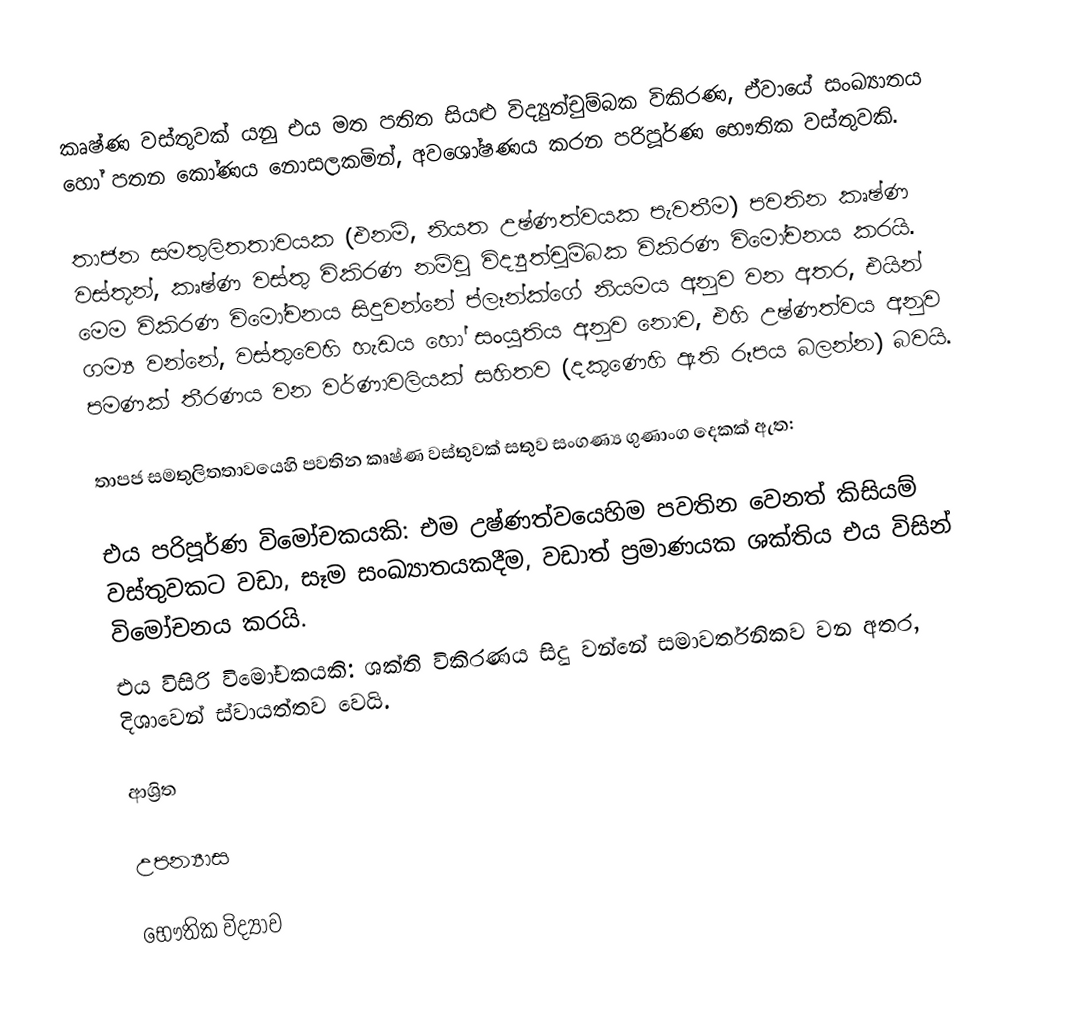
කෘෂ්ණ වස්තුවක් යනු එය මත පතිත සියළු විද්‍යුත්චුම්බක විකිරණ, ඒවායේ සංඛ්‍යාතය හෝ පතන කෝණය නොසලකමින්, අවශෝෂණය කරන  පරිපූර්ණ භෞතික වස්තුවකි.

තාජන සමතුලිතතාවයක (එනම්, නියත උෂ්ණත්වයක පැවතීම) පවතින කෘෂ්ණ වස්තූන්,  කෘෂ්ණ වස්තු විකිරණ නම්වූ විද්‍යුත්චුම්බක විකිරණ විමෝචනය කරයි.  මෙම විකිරණ විමෝචනය සිදුවන්නේ ප්ලෑන්ක්ගේ නියමය අනුව වන අතර, එයින් ගම්‍ය වන්නේ, වස්තුවෙහි හැඩය හෝ සංයුතිය අනුව නොව, එහි  උෂ්ණත්වය අනුව පමණක් තීරණය වන වර්ණාවලියක් සහිතව (දකුණෙහි ඇති රූපය බලන්න) බවයි.

තාපජ සමතුලිතතාවයෙහි පවතින කෘෂ්ණ වස්තුවක් සතුව සංගණ්‍ය ගුණාංග දෙකක් ඇත:

එය පරිපූර්ණ විමෝචකයකි: එම උෂ්ණත්වයෙහිම පවතින වෙනත් කිසියම් වස්තුවකට වඩා, සෑම සංඛ්‍යාතයකදීම, වඩාත් ප්‍රමාණයක ශක්තිය එය විසින් විමෝචනය කරයි.
එය විසිරි විමෝචකයකි: ශක්ති විකිරණය සිදු වන්නේ සමාවර්තනිකව වන අතර, දිශාවෙන් ස්වායත්තව වෙයි.

ආශ්‍රිත

උපන්‍යාස

භෞතික විද්‍යාව